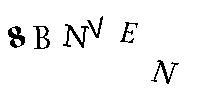
8BNVEN